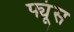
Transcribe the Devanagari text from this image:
फ्यूंस